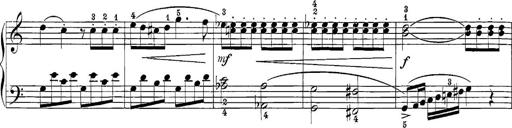
Title: 12 Sonatine per Pianoforte
Composer: Friedrich Kuhlau